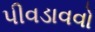
પીવડાવવો